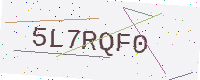
Text: 5L7RQF0